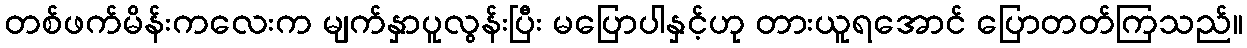
တစ်ဖက်မိန်းကလေးက မျက်နှာပူလွန်းပြီး မပြောပါနှင့်ဟု တားယူရအောင် ပြောတတ်ကြသည်။